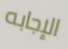
الإجابه